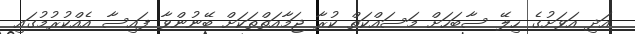
އަދި އަވަށުގެ ހިލޭ ސާބަހަށް މަސައްކަތް ކުރާ ޖަމާއަތްތަކަށް ބޭނުންވާ ފައިސާ އެއްކުރުމުގައި